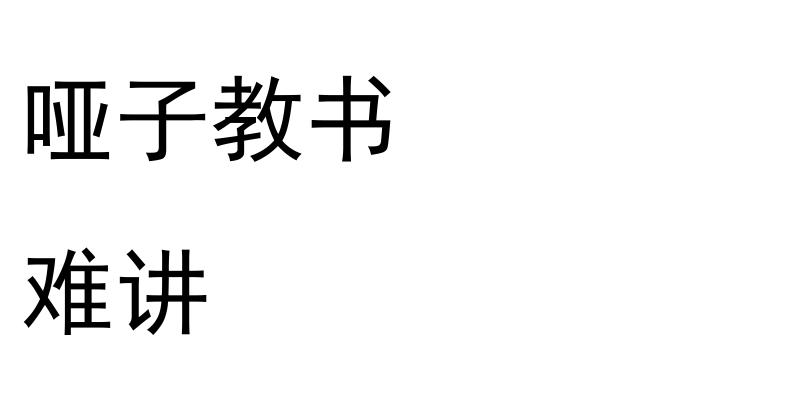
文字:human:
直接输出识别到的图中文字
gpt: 哑子教书 难讲